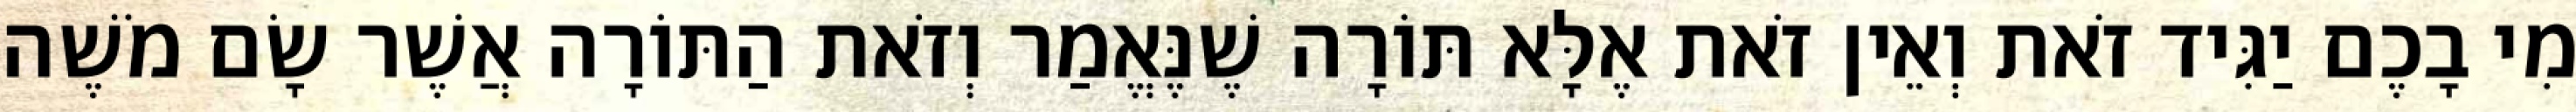
מִי בָכֶם יַגִּיד זֹאת וְאֵין זֹאת אֶלָּא תּוֹרָה שֶׁנֶּאֱמַר וְזֹאת הַתּוֹרָה אֲשֶׁר שָׂם מֹשֶׁה